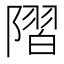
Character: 𨻸